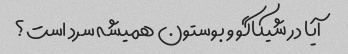
آیا در شیکاگو و بوستون همیشه سرد است؟